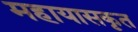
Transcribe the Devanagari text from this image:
महायासकृत